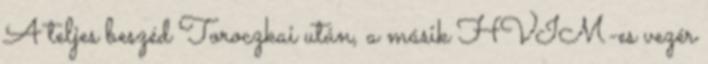
A teljes beszéd Toroczkai után, a másik HVIM-es vezér